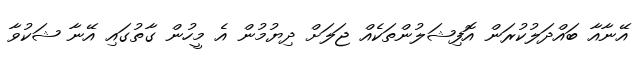
އޭނާއާ ބައްދަލުކުރަން އޮފިޝަލުންތަކެއް ޖަލަށް ދިޔުމުން އެ މީހުން ގާތުގައި އޭނާ ޝަކުވާ